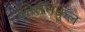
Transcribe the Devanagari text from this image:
कीर्तनकुल